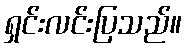
ရှင်းလင်းပြသည်။